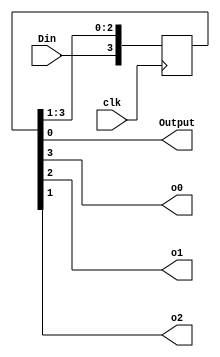
`timescale 1ns / 1ps
//////////////////////////////////////////////////////////////////////////////////
// Company: 
// Engineer: 
// 
// Design Name: 
// Module Name: siso
// Project Name: 
// Target Devices: 
// Tool Versions: 
// Description: 
// 
// Dependencies: 
// 
// Revision:
// Revision 0.01 - File Created
// Additional Comments:
// 
//////////////////////////////////////////////////////////////////////////////////


module siso(
    input clk,
    input Din,
    output Output,o0,o1,o2
    );
   
    reg [3:0]Q;

always @ (posedge clk)
begin
Q <= Q >> 1 ;
Q[3] <= Din;
end
assign Output = Q[0];
  assign o2 = Q[1];
  assign o1 = Q[2];
  assign o0 = Q[3];
endmodule